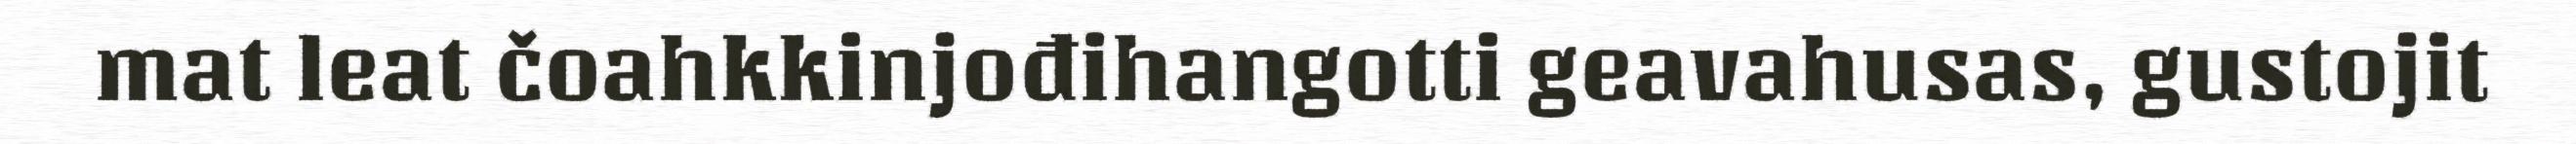
mat leat čoahkkinjođihangotti geavahusas, gustojit